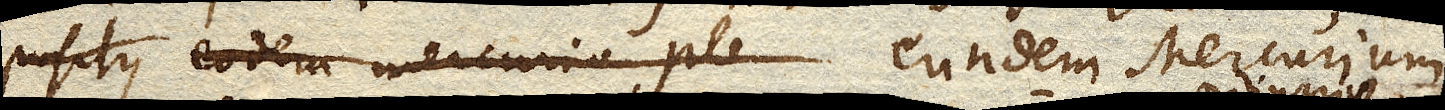
positus eodem mercurio ple eundem Mercurium